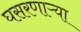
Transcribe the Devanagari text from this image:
घसरणाऱ्या